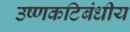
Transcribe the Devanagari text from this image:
उष्‍णकटिबंधीय